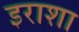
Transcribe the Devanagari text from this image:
इराशा